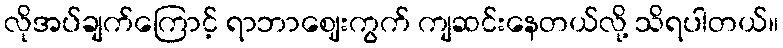
လိုအပ်ချက်ကြောင့် ရာဘာဈေးကွက် ကျဆင်းနေတယ်လို့ သိရပါတယ်။